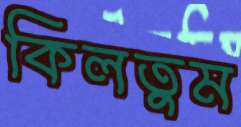
কিলতুম